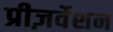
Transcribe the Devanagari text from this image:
प्रीज़र्वेशन